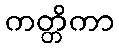
ကတ္တိကာ